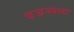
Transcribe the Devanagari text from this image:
वज्रज्वला